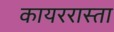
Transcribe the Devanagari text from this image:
कायररास्ता